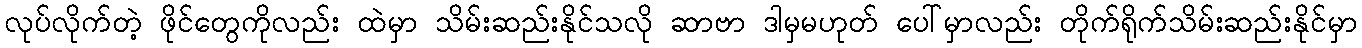
လုပ်လိုက်တဲ့ ဖိုင်တွေကိုလည်း ထဲမှာ သိမ်းဆည်းနိုင်သလို ဆာဗာ ဒါမှမဟုတ် ပေါ်မှာလည်း တိုက်ရိုက်သိမ်းဆည်းနိုင်မှာ